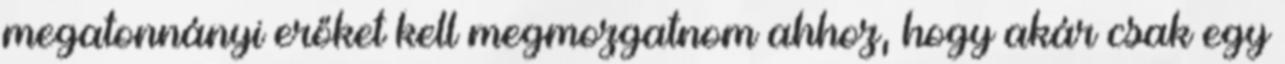
megatonnányi erőket kell megmozgatnom ahhoz, hogy akár csak egy